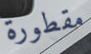
مقطورة